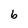
Character: b